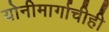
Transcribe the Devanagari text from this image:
योनीमार्गाचीही